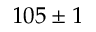
1 0 5 \pm 1